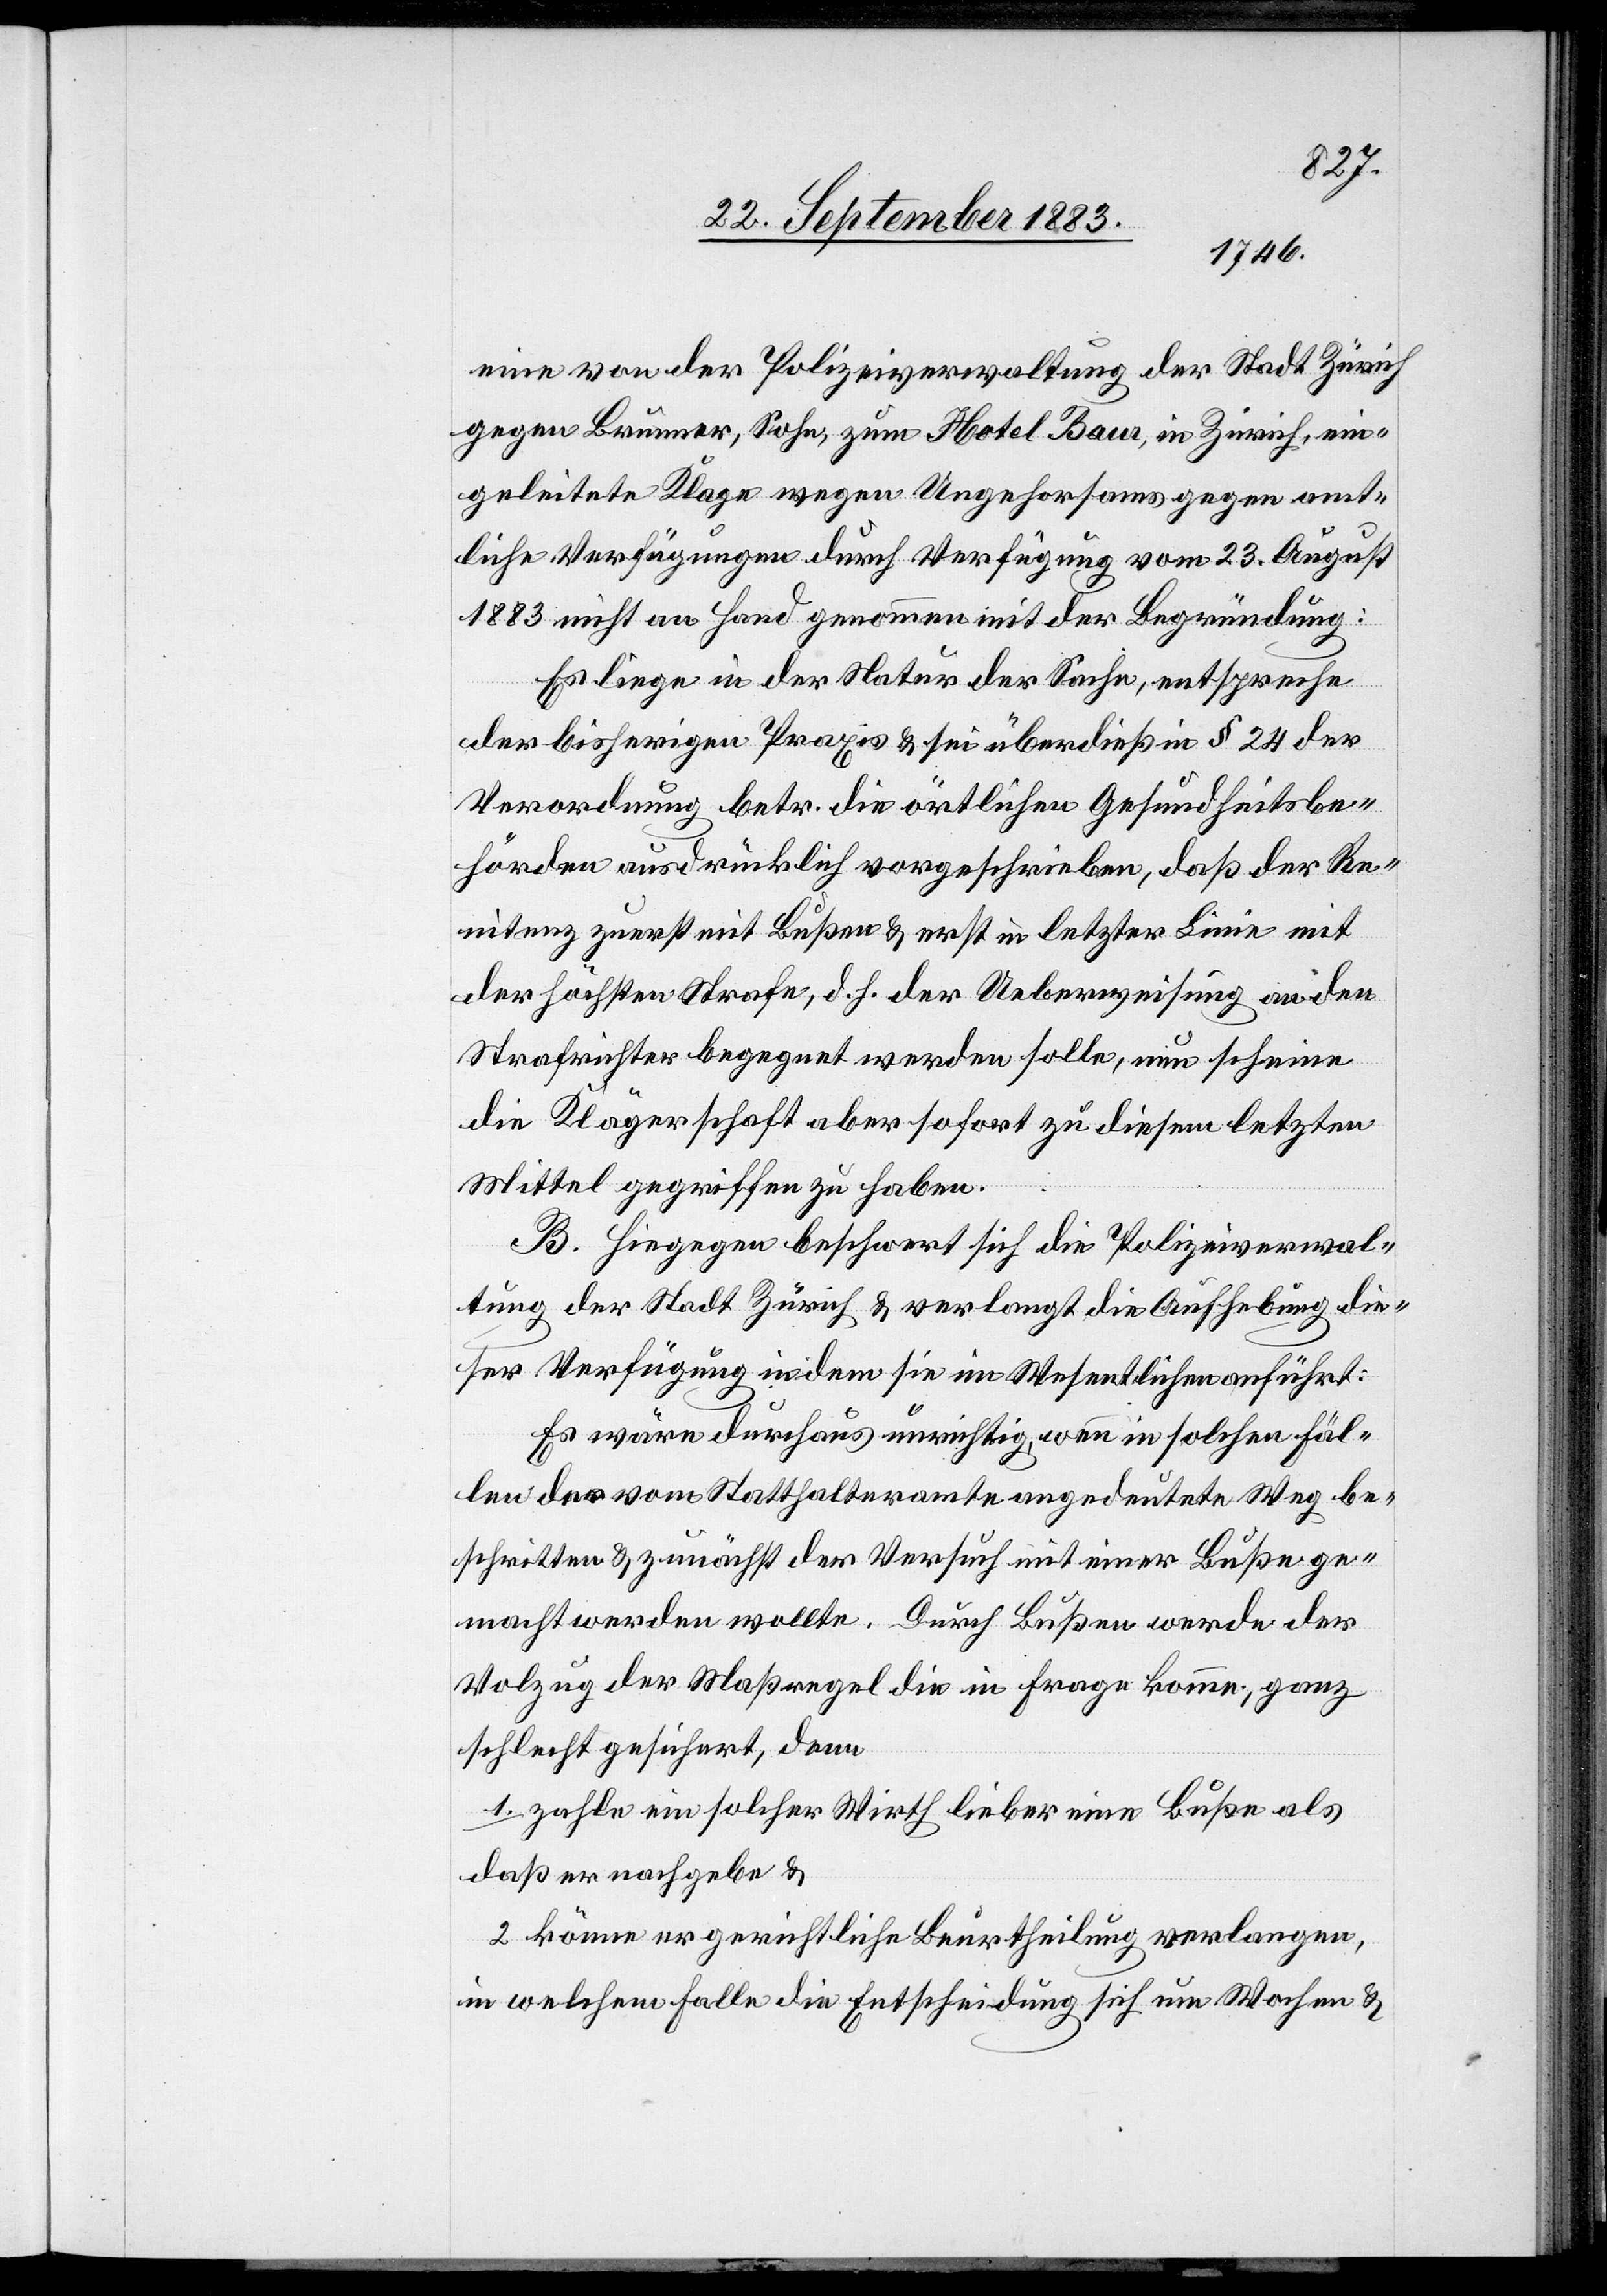
eine von der Polizeiverwaltung der Stadt Zürich
gegen Brunner, Sohn, zum Hotel Baur, in Zürich, ein¬
geleitete Klage wegen Ungehorsams gegen amt¬
liche Verfügungen durch Verfügung vom 23. August
1883 nicht an Hand genommen mit der Begründung:
Es liege in der Natur der Sache, entspreche
der bisherigen Praxis & sei überdieß in § 24 der
Verordnung betr. die örtlichen Gesundheitsbe¬
hörden ausdrücklich vorgeschrieben, daß der Re¬
nitenz zuerst mit Bußen & erst in letzter Linie mit
der höchsten Strafe, d. h. Ueberweisung an den
Strafrichter begegnet werden solle, nun scheine
die Klägerschaft aber sofort zu diesem letzten
Mittel gegriffen zu haben.
B. Hiegegen beschwert sich die Polizeiverwal¬
tung der Stadt Zürich & verlangt die Aufhebung die¬
ser Verfügung indem sie im Wesentlichen anführt:
Es wäre durchaus unrichtig, wenn in solchen Fäl¬
len der vom Statthalteramte angedeutete Weg be¬
schritten & zunächst der Versuch mit einer Buße ge¬
macht werden wollte. Durch Bußen werde der
Vol[l]zug der Maßregel die in Frage komme, ganz
schlecht gesichert, denn
1. zahle ein solcher Wirth lieber eine Buße als
daß er nachgebe &
2. könne er gerichtliche Beurtheilung verlangen,
in welchem Falle die Entscheidung sich um Wochen &